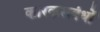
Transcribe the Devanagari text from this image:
कारकसबंधों